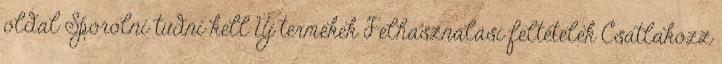
oldal Spórolni tudni kell Új termékek Felhasználási feltételek Csatlakozz